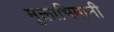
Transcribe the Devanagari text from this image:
मुक्ताभिमानी